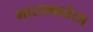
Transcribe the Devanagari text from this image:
भारतमातेला